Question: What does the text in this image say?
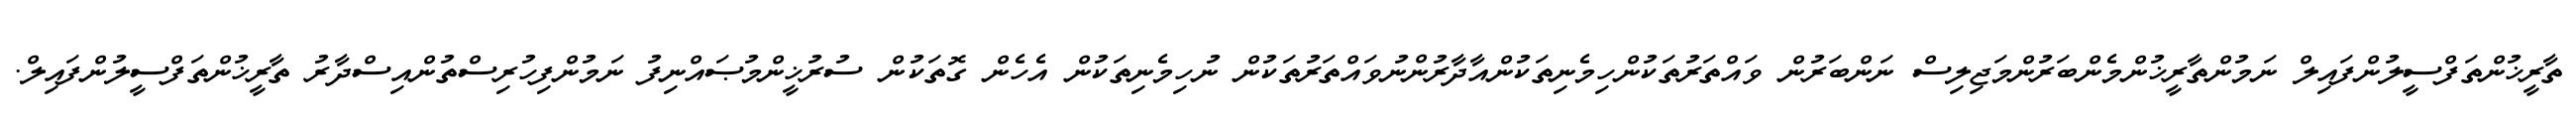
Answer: ތާރީޚުންތަފްސީލުންފައިލް ނަމުންތާރީޚުންމެންބަރުންމަޖިލިސް ނަންބަރުން ވައްތަރުތަކުންހިމެނިތަކުންއާދާރުންނުވައްތަރުތަކުން ނުހިމެނިތަކުން އެހެން ގޮތަކުން ސުރުޚީންމުޞައްނިފު ނަމުންފިހުރިސްތުންއިސްދާރު ތާރީޚުންތަފްސީލުންފައިލް.